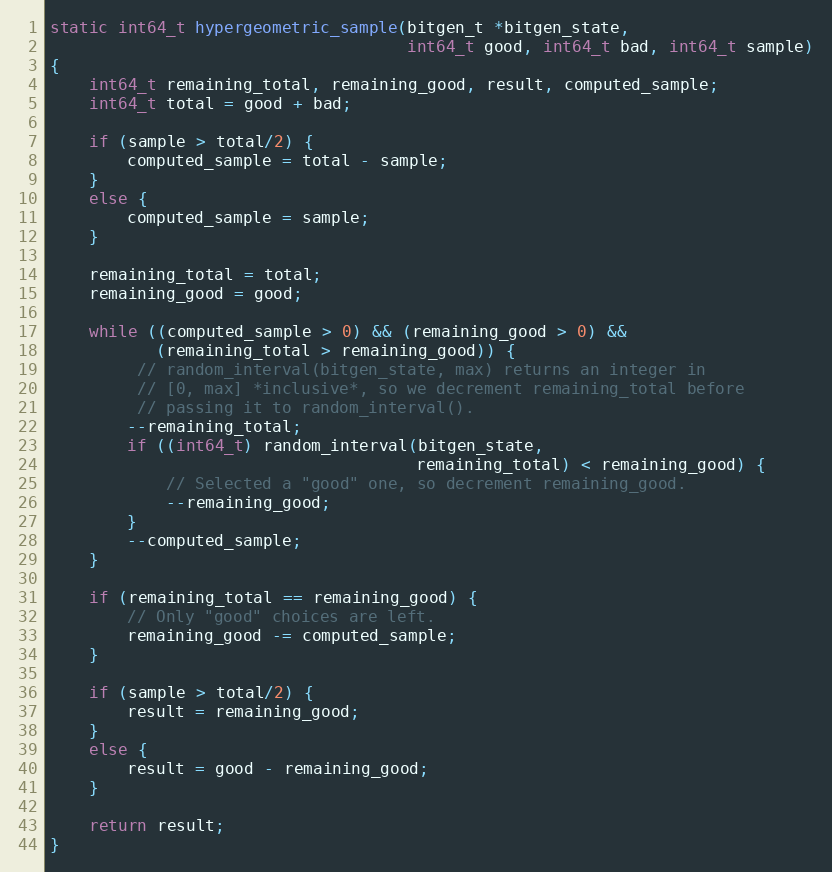
Language: C
static int64_t hypergeometric_sample(bitgen_t *bitgen_state,
                                     int64_t good, int64_t bad, int64_t sample)
{
    int64_t remaining_total, remaining_good, result, computed_sample;
    int64_t total = good + bad;

    if (sample > total/2) {
        computed_sample = total - sample;
    }
    else {
        computed_sample = sample;
    }

    remaining_total = total;
    remaining_good = good;

    while ((computed_sample > 0) && (remaining_good > 0) &&
           (remaining_total > remaining_good)) {
         // random_interval(bitgen_state, max) returns an integer in
         // [0, max] *inclusive*, so we decrement remaining_total before
         // passing it to random_interval().
        --remaining_total;
        if ((int64_t) random_interval(bitgen_state,
                                      remaining_total) < remaining_good) {
            // Selected a "good" one, so decrement remaining_good.
            --remaining_good;
        }
        --computed_sample;
    }

    if (remaining_total == remaining_good) {
        // Only "good" choices are left.
        remaining_good -= computed_sample;
    }

    if (sample > total/2) {
        result = remaining_good;
    }
    else {
        result = good - remaining_good;
    }

    return result;
}